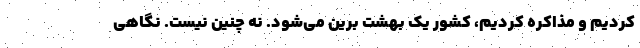
کردیم و مذاکره کردیم، کشور یک بهشت برین می‌شود. نه چنین نیست. نگاهی